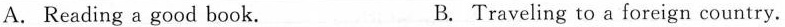
A. Reading a good book. B. Traveling to a foreign country.